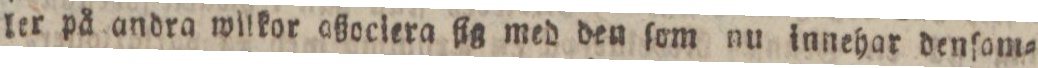
ler på andra wilkor aßociera ſig med den ſom nu innehar denſom=